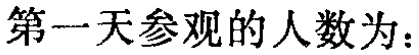
第一天参观的人数为：